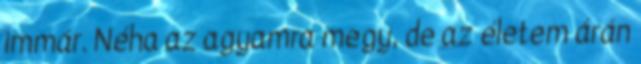
immár. Néha az agyamra megy, de az életem árán